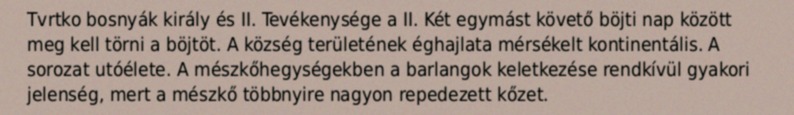
Tvrtko bosnyák király és II. Tevékenysége a II. Két egymást követő böjti nap között meg kell törni a böjtöt. A község területének éghajlata mérsékelt kontinentális. A sorozat utóélete. A mészkőhegységekben a barlangok keletkezése rendkívül gyakori jelenség, mert a mészkő többnyire nagyon repedezett kőzet.